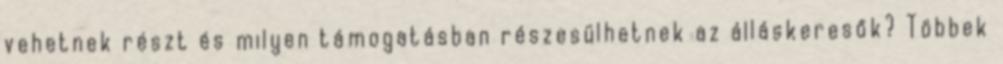
vehetnek részt és milyen támogatásban részesülhetnek az álláskeresők? Többek